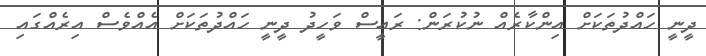
ދީނީ ހައްދުތަކަށް އިންކާރެއް ނުކުރަން: ރައީސް ވަހީދު ދީނީ ހައްދުތަކަށް އެއްވެސް އިރެއްގައި